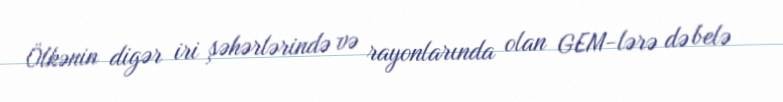
Ölkənin digər iri şəhərlərində və rayonlarında olan GEM-lərə də belə